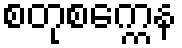
စတုစက္ကေန